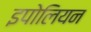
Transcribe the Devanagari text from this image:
इपोलियन